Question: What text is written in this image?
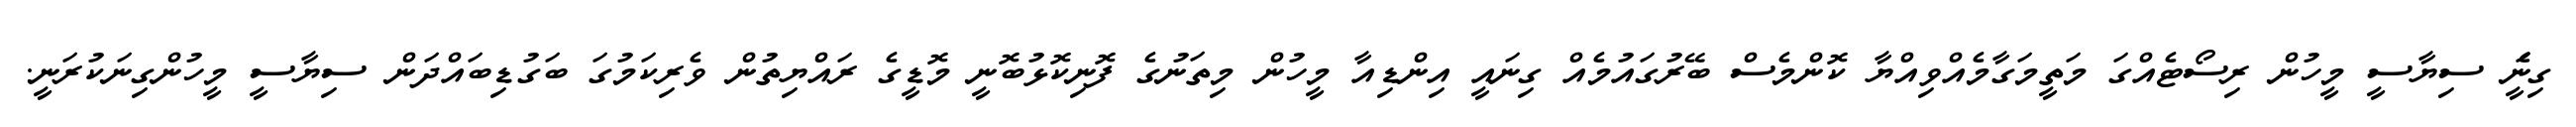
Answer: ގިނަެީ ސިޔާސީ މީހުން ރިސޯޓެއްގަ މަތީމަގާމެއްވިއްޔާ ކޮންމެސް ބޭރުގައުމެއް ގިނައީ އިންޑިއާ މީހުން މިތަނުގެ ފޮނިކޮޅުބޮނީ މޮޑީގެ ރައްޔިތުން ވެރިކަމުގަ ބަގުޑިބައްދަން ސިޔާސީ މީހުންގިނަކުރަނީ.